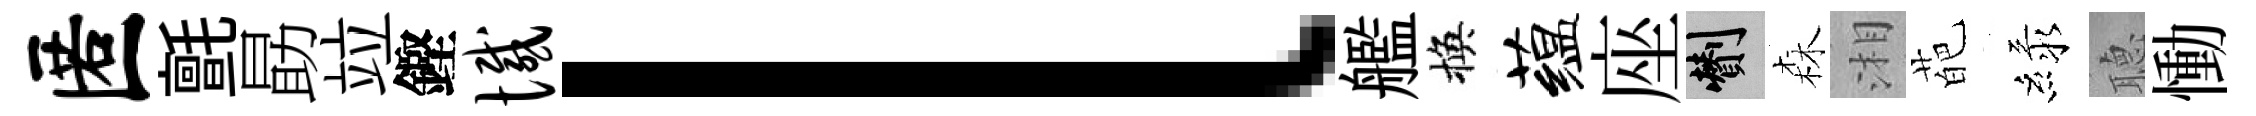
匿氈勗竝鏗憾l艦換蕴座剪森湘葩緑𦗟慟